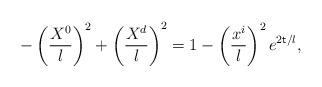
LaTeX: \begin{align*}-\left({\frac{X^0}{l}}\right)^2 +\left({\frac{X^{d}}{l}}\right)^2 = 1-\left(\frac{x^i}{l}\right)^2 e^{2{\sf t}/l},\end{align*}